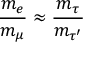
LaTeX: \frac { { m _ { e } } } { { m _ { \mu } } } \approx \frac { { m _ { \tau } } } { { m _ { \tau ^ { \prime } } } }